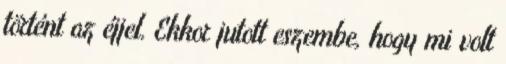
történt az éjjel. Ekkor jutott eszembe, hogy mi volt